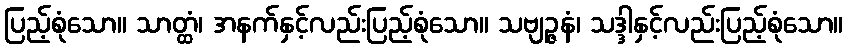
ပြည့်စုံသော။ သာတ္ထံ၊ အနက်နှင့်လည်းပြည့်စုံသော။ သဗျဉ္ဇနံ၊ သဒ္ဒါနှင့်လည်းပြည့်စုံသော။